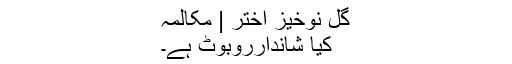
گل نوخیز اختر | مکالمہ
کیا شاندارروبوٹ ہے۔